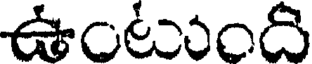
ఉంటుంది